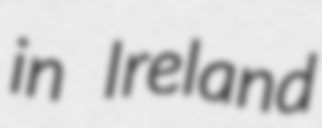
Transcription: in Ireland